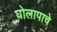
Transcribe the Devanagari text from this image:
घोलापाचे